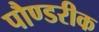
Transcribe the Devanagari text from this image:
पौण्डरीक